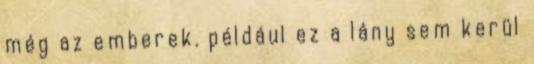
még az emberek. például ez a lány sem kerül